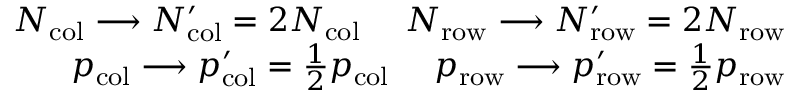
\begin{array} { r } { N _ { \mathrm { c o l } } \longrightarrow N _ { \mathrm { c o l } } ^ { \prime } = 2 N _ { \mathrm { c o l } } \- \ \- \ \- \ \- \ N _ { \mathrm { r o w } } \longrightarrow N _ { \mathrm { r o w } } ^ { \prime } = 2 N _ { \mathrm { r o w } } } \\ { p _ { \mathrm { c o l } } \longrightarrow p _ { \mathrm { c o l } } ^ { \prime } = \frac { 1 } { 2 } p _ { \mathrm { c o l } } \- \ \- \ \- \ \- \ p _ { \mathrm { r o w } } \longrightarrow p _ { \mathrm { r o w } } ^ { \prime } = \frac { 1 } { 2 } p _ { \mathrm { r o w } } } \end{array}